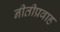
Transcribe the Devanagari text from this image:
नीतीप्रवाह